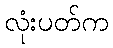
လုံးပတ်က